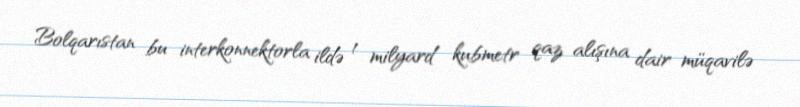
Bolqarıstan bu interkonnektorla ildə 1 milyard kubmetr qaz alışına dair müqavilə